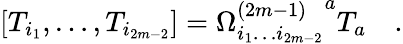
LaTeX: [T_{i_{1}},\dots,T_{i_{2m-2}}]={\Omega_{i_{1}\ldots i_{2m-2}}^{(2m-1)}}^{a}T_{a}\quad.